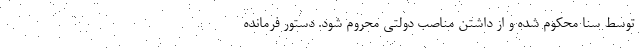
توسط سنا محکوم شده و از داشتن مناصب دولتی محروم شود. دستور فرمانده